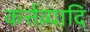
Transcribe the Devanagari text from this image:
कर्त्तव्यादि